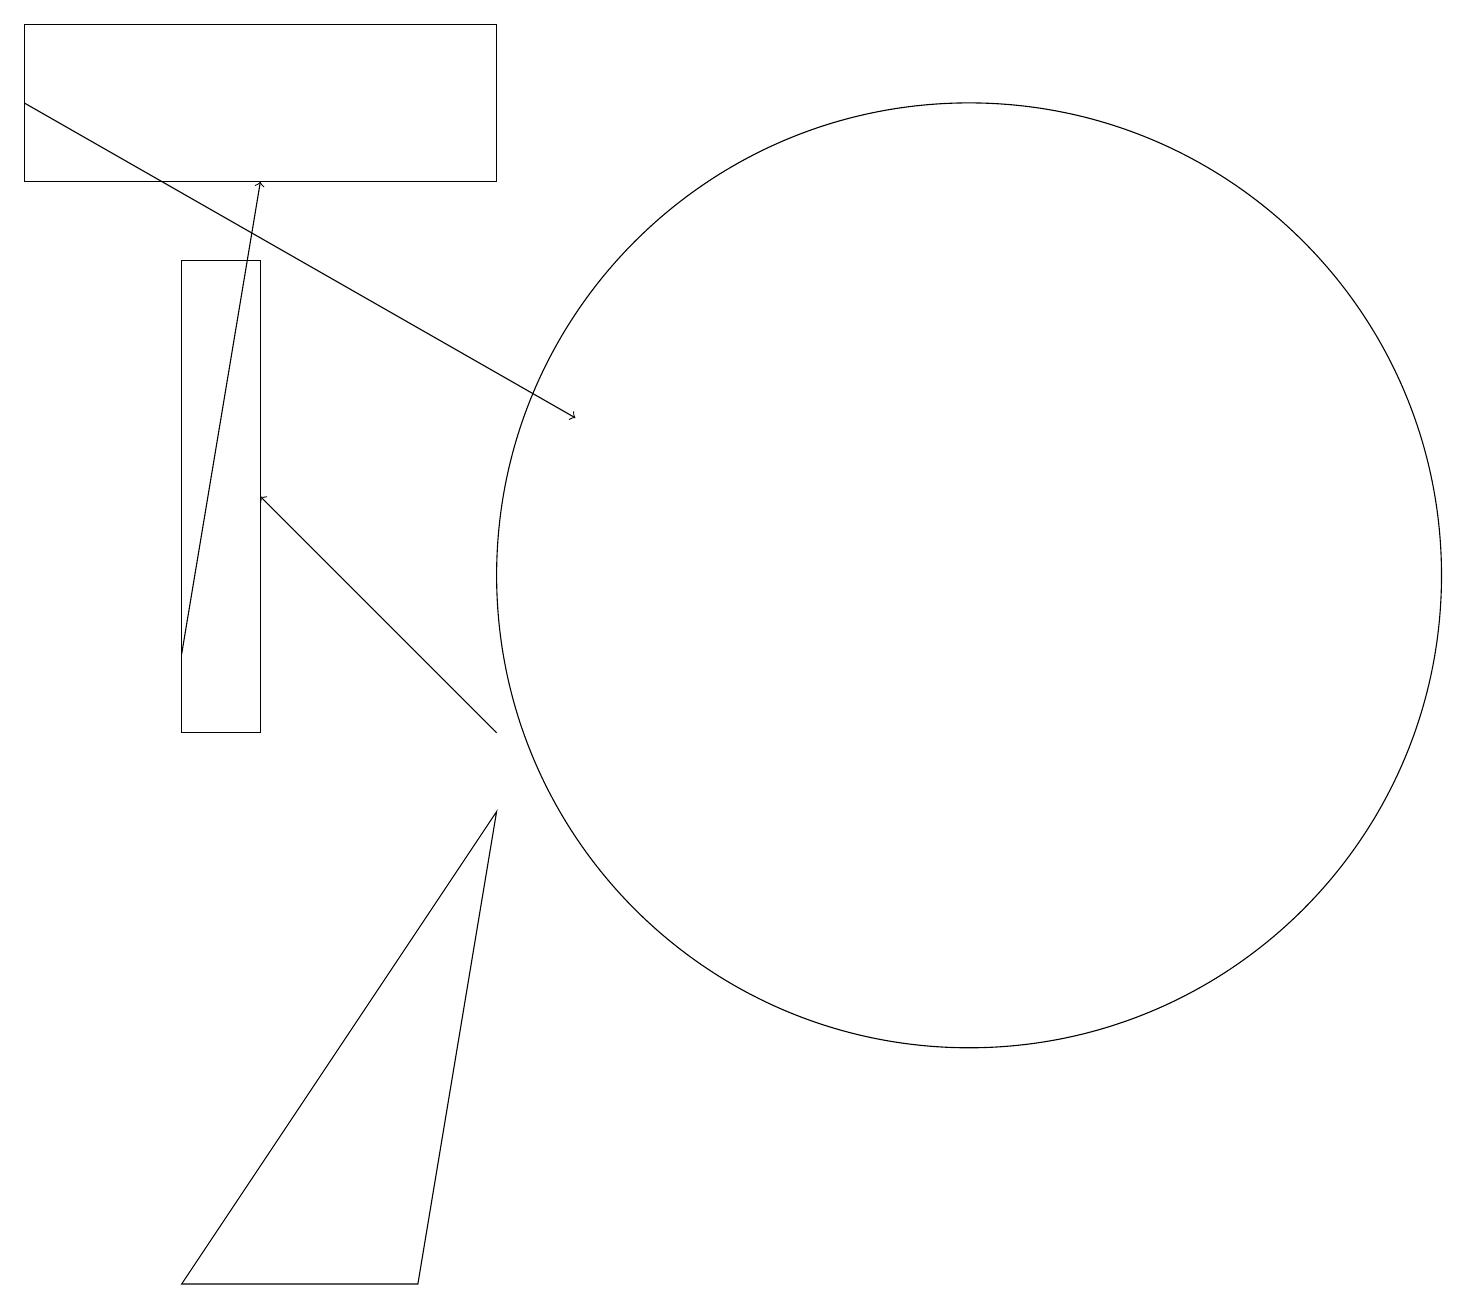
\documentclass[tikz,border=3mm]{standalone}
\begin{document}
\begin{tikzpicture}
\draw[->] (0,18) -- (7,14);
\draw[->] (2,11) -- (3,17);
\draw (12,12) circle (6);
\draw (2,3) -- (5,3) -- (6,9) -- cycle;
\draw (6,19) rectangle (0,17);
\draw[->] (6,10) -- (3,13);
\draw (2,16) rectangle (3,10);
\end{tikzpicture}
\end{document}